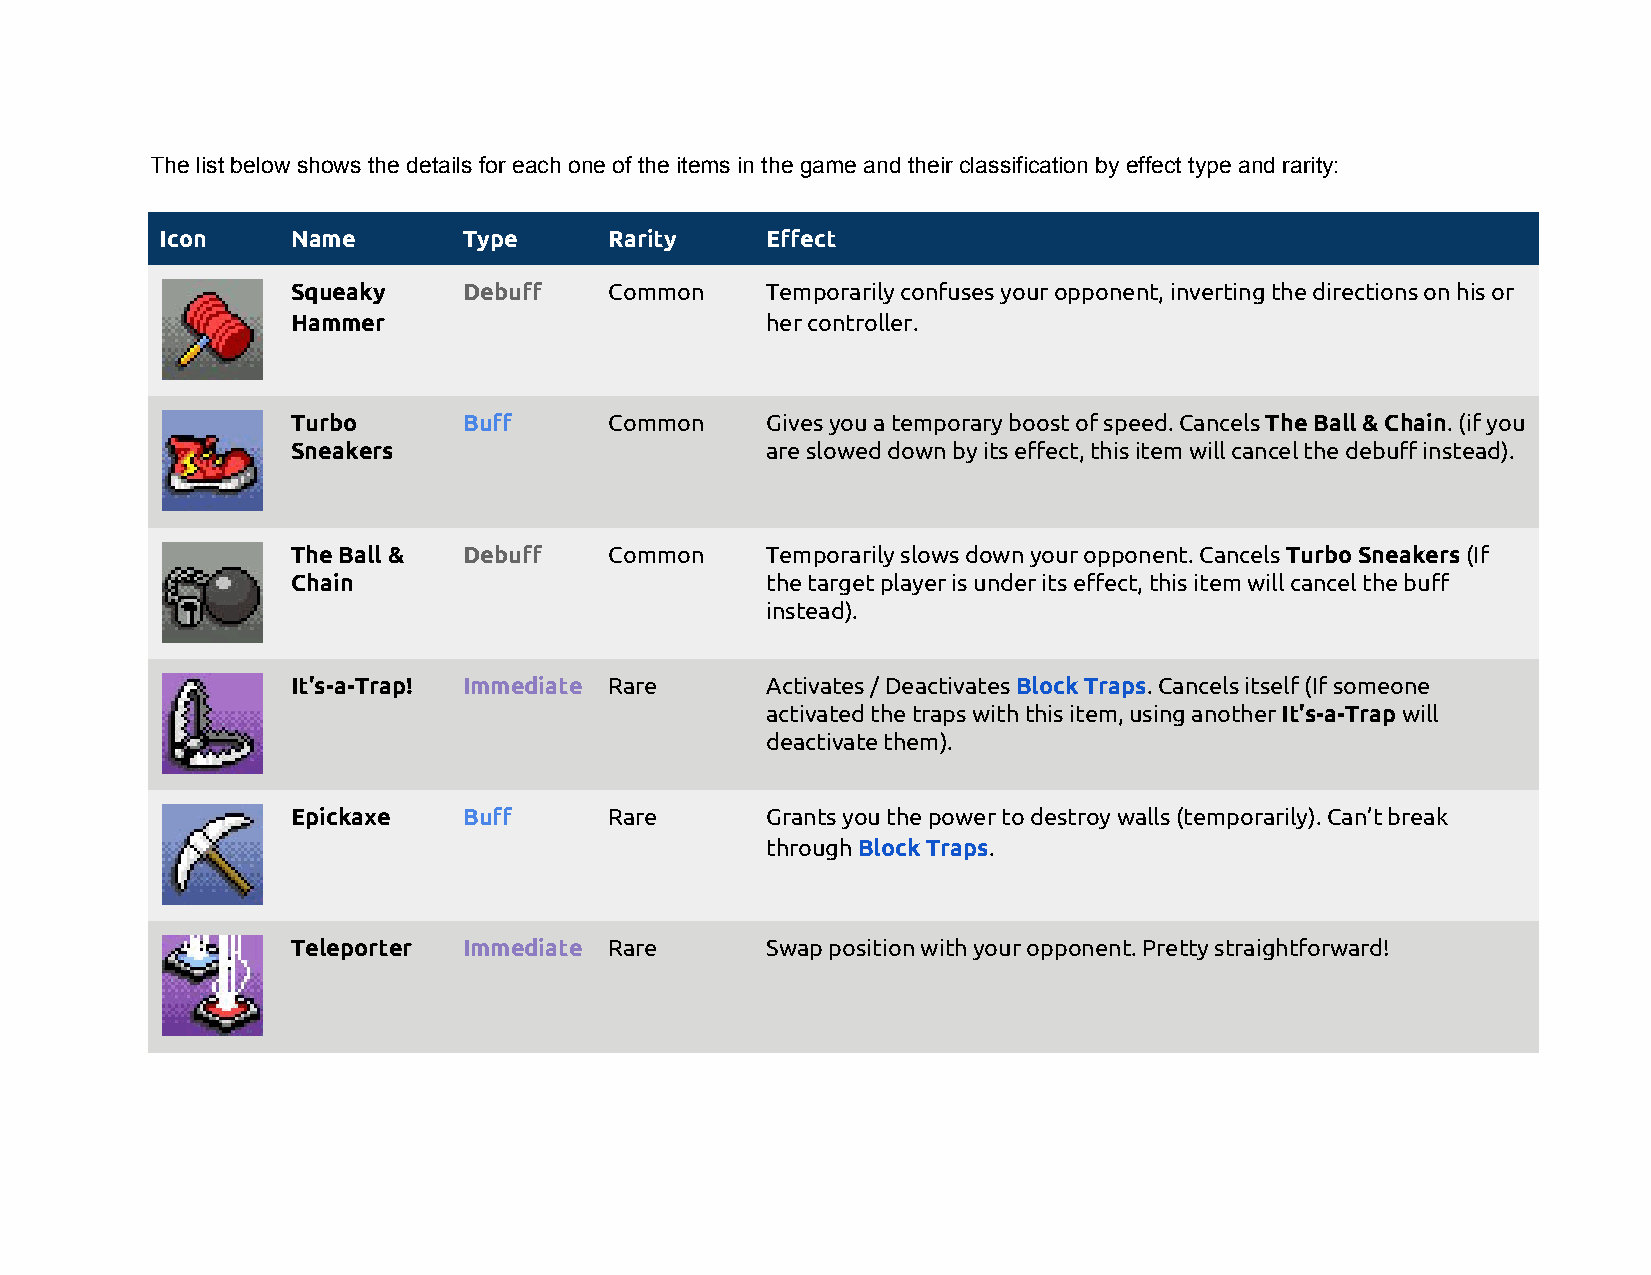
The list below shows the details for each one of the items in the game and their classification by effect type and rarity:
 Icon    Name        Type     Rarity     Effect
 Squeaky     Debuff   Common     Temporarily confuses your opponent, inverting the directions on his or
 Hammer                          her controller.
 Turbo       Buff     Common     Gives you a temporary boost of speed. Cancels The Ball & Chain. (if you
 ​           ​
 Sneakers                        are slowed down by its effect, this item will cancel the debuff instead).
 The Ball &  Debuff   Common     Temporarily slows down your opponent. Cancels Turbo Sneakers (If
 ​           ​
 Chain                           the target player is under its effect, this item will cancel the buff
 instead).
 It’s-a-Trap! Immediate Rare     Activates / Deactivates Block Traps. Cancels itself (If someone
 ​        ​
 activated the traps with this item, using another It’s-a-Trap will
 ​      ​
 deactivate them).
 Epickaxe    Buff     Rare       Grants you the power to destroy walls (temporarily). Can’t break
 through Block Traps.
 ​       ​
 Teleporter  Immediate Rare      Swap position with your opponent. Pretty straightforward!